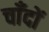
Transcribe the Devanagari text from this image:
चाँदों